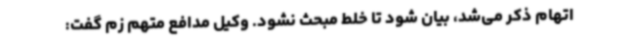
اتهام ذکر می‌شد، بیان شود تا خلط مبحث نشود. وکیل مدافع متهم زم گفت: